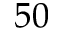
5 0